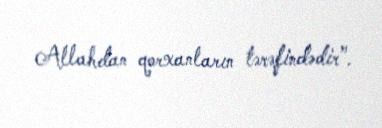
Allahdan qorxanların tərəfindədir”.